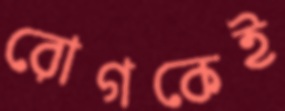
রোগকেই